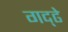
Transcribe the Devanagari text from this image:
गद्ढे